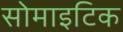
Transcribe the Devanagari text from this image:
सोमाइटिक